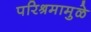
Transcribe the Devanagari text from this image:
परिश्रमामुळे